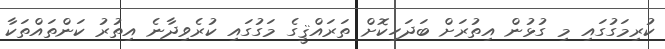
ކުރިމަގުގައި މި ގުޅުން އިތުރަށް ބަދަހިކޮށް ތަރައްޤީގެ މަގުގައި ކުރެވިދާނެ އިތުރު ކަންތައްތަކާ